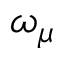
\omega _ { \mu }